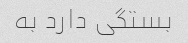
بستگی دارد به